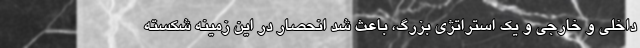
داخلی و خارجی و یک استراتژی بزرگ، باعث شد انحصار در این زمینه شکسته